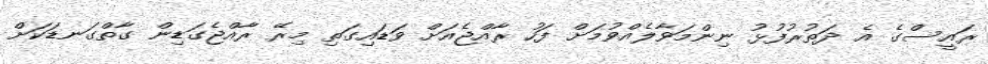
ރައީސްގެ އެ ދަތުރުފުޅު ނިންމަވާލެއްވުމަށް ފަހު ރާއްޖެއަށް ވަޑައިގަތި މިރޭ ރާއްޖެގަޑިން ގާތްގަނޑަކަށް